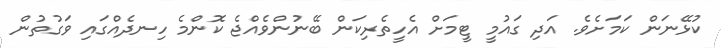
ކުޅޭނަން ކަމަށެވެ. އަދި ގައުމީ ޓީމަށް އެހީތެރިކަން ބޭނުންވެއްޖެ ކޮންމެ ހިނދެއްގައި ވަގުތުން